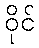
ဝိုင်